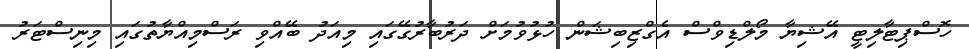
ހޮސްޕިޓާލިޓީ އޭޝިޔާ މޯލްޑިވްސް އެގްޒިބިޝަން ހުޅުވުމަށް ދަރުބާރުގޭގައި މިއަދު ބޭއްވި ރަސްމިއްޔާތުގައި މިނިސްޓަރު